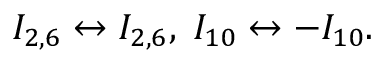
I _ { 2 , 6 } \leftrightarrow I _ { 2 , 6 } , \; I _ { 1 0 } \leftrightarrow - I _ { 1 0 } .